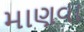
માણવા